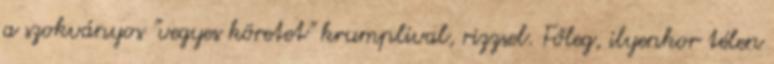
a szokványos "vegyes köretet" krumplival, rizzsel. Főleg, ilyenkor télen